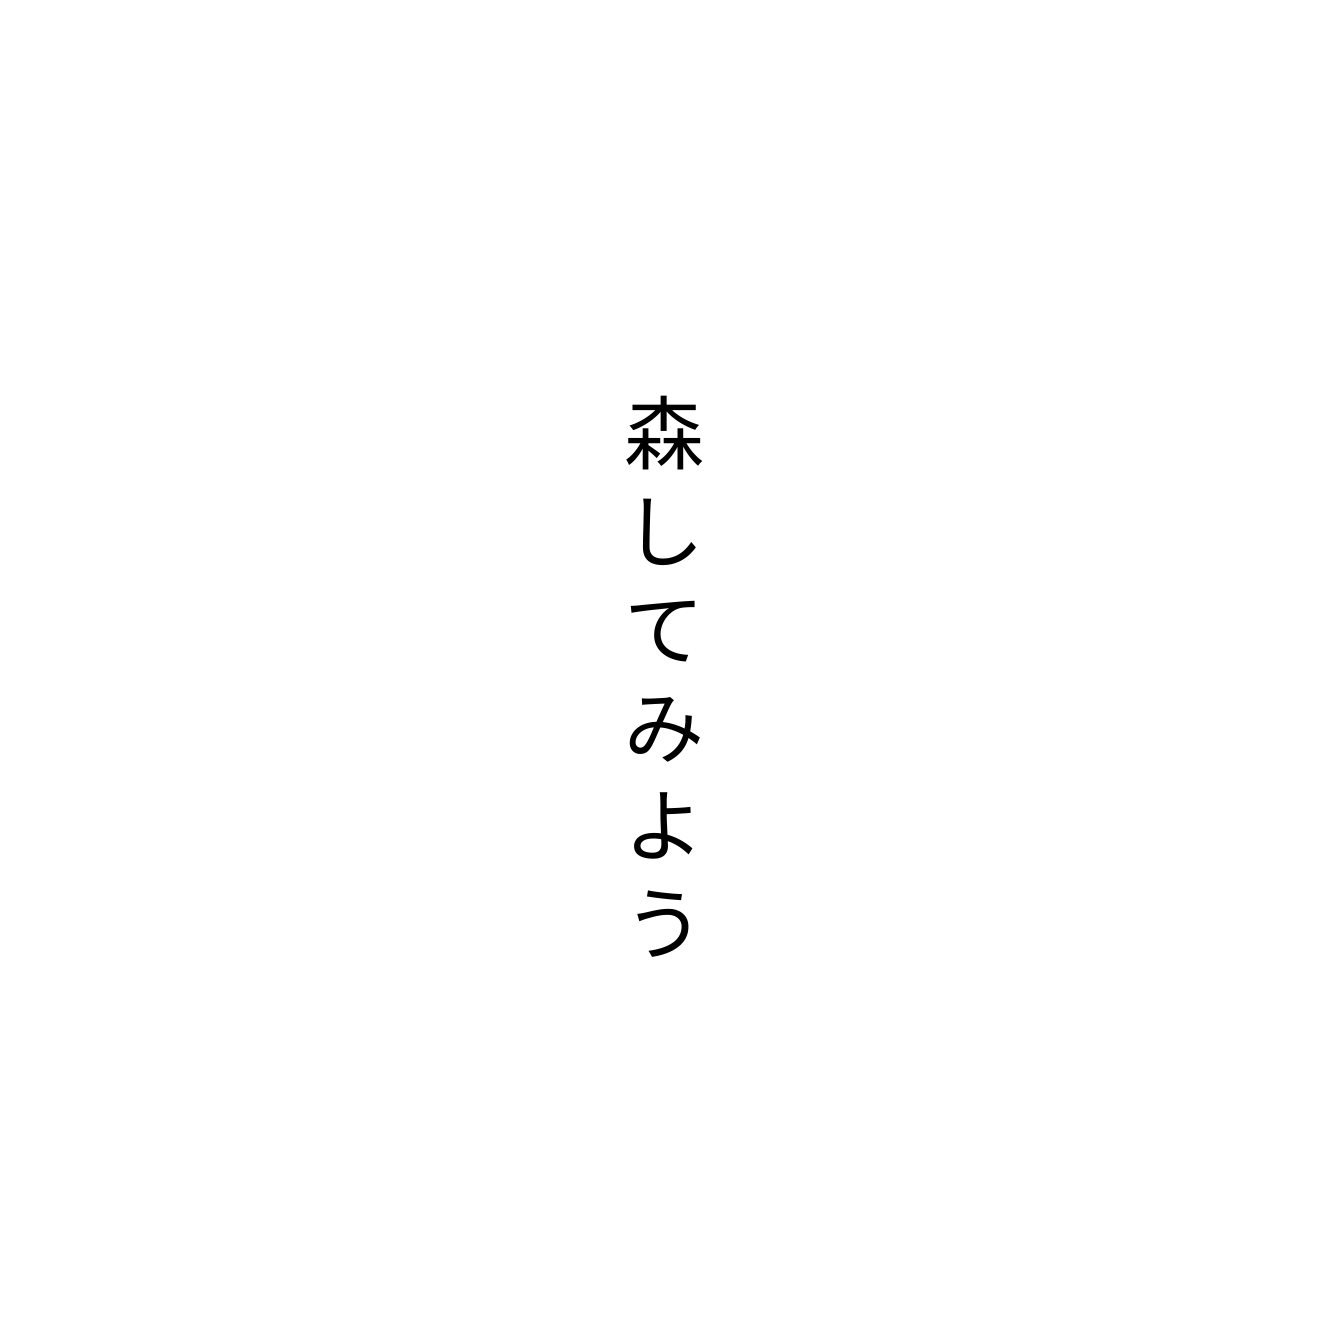
森してみよう